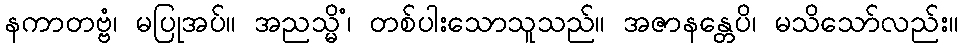
နကာတဗ္ဗံ၊ မပြုအပ်။ အညသ္မိံ၊ တစ်ပါးသောသူသည်။ အဇာနန္တေပိ၊ မသိသော်လည်း။